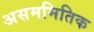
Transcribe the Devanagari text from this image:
असममितिक